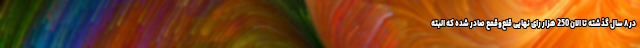
در ۸ سال گذشته تا الان 250 هزار رای نهایی قلع‌و‌قمع صادر شده که البته